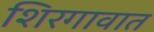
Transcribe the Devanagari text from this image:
शिरगावात